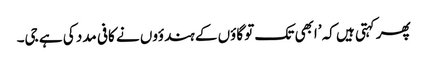
پھر کہتی ہیں کہ ’ابھی تک تو گاؤں کے ہندؤوں نے کافی مدد کی ہے جی۔